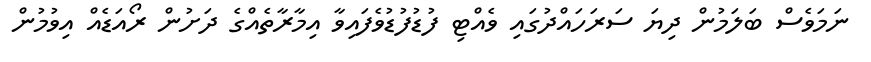
ނަމަވެސް ބަލަމުން ދިޔަ ސަރަހައްދުގައި ވެއްޓި ފުޑުފުޑުވެފައިވާ އިމާރާތެއްގެ ދަށުން ރޯއަޑެއް އިވުމުން